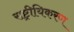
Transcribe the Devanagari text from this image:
राष्ट्रीयिकरण